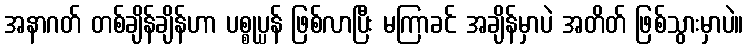
အနာဂတ် တစ်ချိန်ချိန်ဟာ ပစ္စုပ္ပန် ဖြစ်လာပြီး မကြာခင် အချိန်မှာပဲ အတိတ် ဖြစ်သွားမှာပဲ။